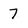
Character: 7